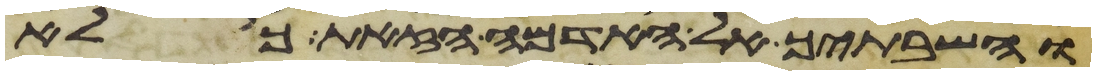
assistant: והשבתיך אל האדמה הזאת כי לא